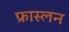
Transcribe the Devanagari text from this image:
फ्रास्लन